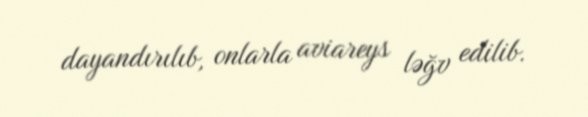
dayandırılıb, onlarla aviareys ləğv edilib.